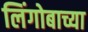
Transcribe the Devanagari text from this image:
लिंगोबाच्या